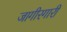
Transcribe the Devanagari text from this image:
जागीरगारी